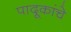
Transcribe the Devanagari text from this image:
पादूकांचे